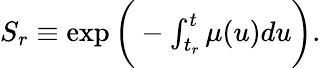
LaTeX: \begin{array}{r}{S_{r}\equiv\exp{\bigg(-\int_{t_{r}}^{t}\mu(u)du\bigg)}.}\end{array}